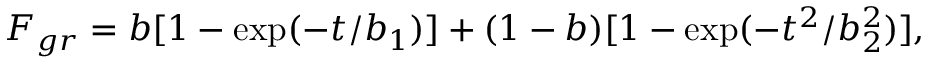
F _ { g r } = b [ 1 - \exp ( - t / b _ { 1 } ) ] + ( 1 - b ) [ 1 - \exp ( - t ^ { 2 } / b _ { 2 } ^ { 2 } ) ] ,